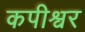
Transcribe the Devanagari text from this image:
कपीश्वर